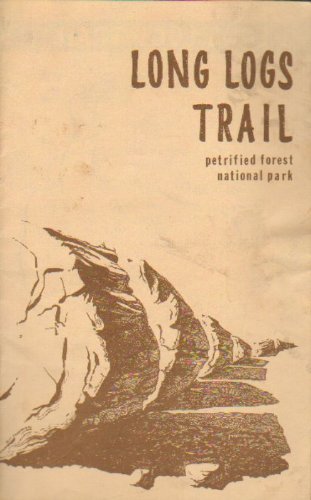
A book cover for Long Logs Trail - Petrified Forest National Park; Petrified Forest Museum Association; Travel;